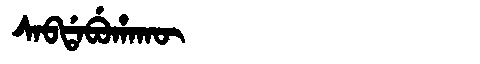
Manchu: ᠰᠠᠪᡩᠠᠪᡠᡥᠠᡴᡡ
Romanization: SABDABUHAKŪ